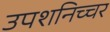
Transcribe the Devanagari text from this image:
उपशनिच्चर